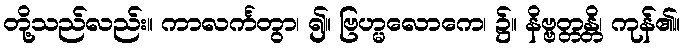
တို့သည်လည်း။ ကာလင်္ကတွာ၊ ၍။ ဗြဟ္မလောကေ၊ ၌။ နိဗ္ဗတ္တန္တိ၊ ကုန်၏။